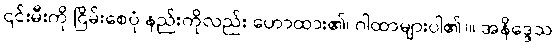
၎င်းမီးကို ငြိမ်းစေပုံ နည်းကိုလည်း ဟောထား၏၊ ဂါထာများပါ၏)။ အနိဒ္ဒေသ၊